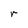
Character: r